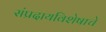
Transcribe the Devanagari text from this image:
संप्रदायविशेषाचे